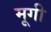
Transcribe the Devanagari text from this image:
मूगी